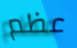
عظم